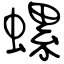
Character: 螺